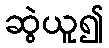
ဆွဲယူ၍